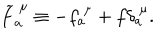
\widetilde { f } _ { a } ^ { ~ \mu } \equiv - f _ { a } ^ { ~ \mu } + f \delta _ { a } ^ { ~ \mu } .